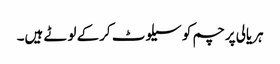
ہریالی پرچم کو سیلوٹ کرکے لوٹے ہیں۔